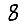
Digit: 8